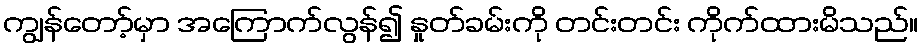
ကျွန်တော့်မှာ အကြောက်လွန်၍ နှုတ်ခမ်းကို တင်းတင်း ကိုက်ထားမိသည်။